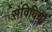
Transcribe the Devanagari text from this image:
संविधियां